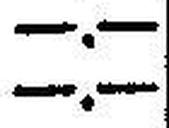
—.—